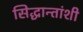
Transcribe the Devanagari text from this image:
सिद्धान्तांशी